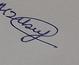
Signature authenticity: genuine